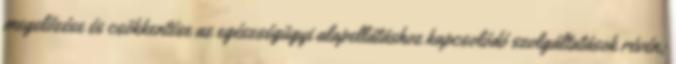
megelőzése és csökkentése az egészségügyi alapellátáshoz kapcsolódó szolgáltatások révén;